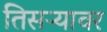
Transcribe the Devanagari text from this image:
तिसऱ्यावर